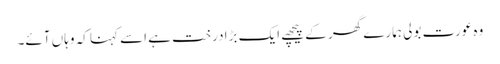
وہ عورت بولی ہمارے گھر کے پیچھے ایک بڑا درخت ہے اسے کہنا کہ وہاں آئے۔